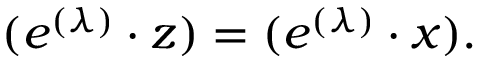
( e ^ { ( \lambda ) } \cdot z ) = ( e ^ { ( \lambda ) } \cdot x ) .